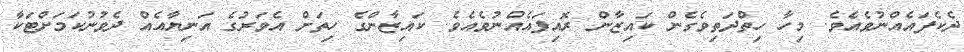
ދެކެފައެއްނުވެއެވެ. މިހާ ހިތްދަތިވެގެން ކައިޒާން ރޮއިފައެއްނުވެއެވެ. ކައިޒާންގެ ހިތަށް އެވަރުގެ އަނިޔާއެއް ދެވުނުކަމަށްޓަކާ